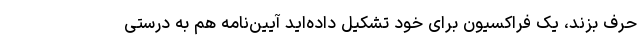
حرف بزند، یک فراکسیون برای خود تشکیل داده‌اید آیین‌نامه هم به درستی